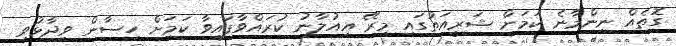
ގޮތެއް ނިންމާނެ ކަމަށް ޝަރީއަތުގައި މިރޭ އިއުލާނު ކުރައްވާފައިވާ ކަމަށް ހިސާން ވިދާޅުވި